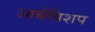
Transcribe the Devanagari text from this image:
आर्बबिशप